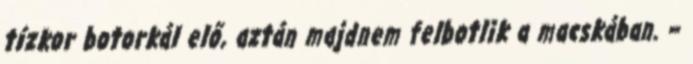
tízkor botorkál elő, aztán majdnem felbotlik a macskában. –